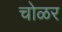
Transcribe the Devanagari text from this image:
चोळर